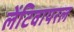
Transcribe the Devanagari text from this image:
लेंटिवायरल